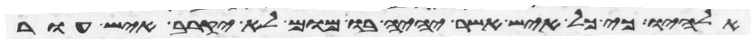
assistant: אלהיו כי כל איש אשר יהיה בו מום לא יקרב איש עור